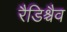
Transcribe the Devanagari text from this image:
रैडिश्चैव